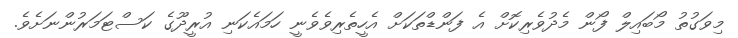
މިވަގުތު މޯބައިލް ފޯން މެދުވެރިކޮށް އެ ފަންޑްތަކަށް އެހީތެރިވެވެނީ ހަމައެކަނި އުރީދޫގެ ކަސްޓަމަރުންނަށެވެ.